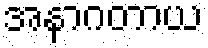
အနာဂတာယ